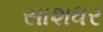
સાશધર